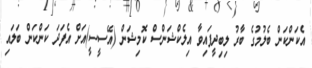
އެކަންކަން ބެލުމުގެ ބާރު ލިބިދީފައިވާ އިލެކްޝަންސް ކޮމިޝަން (އޭސީސީ)އަށް އެފަދަ ކަންކަން ބަލައި